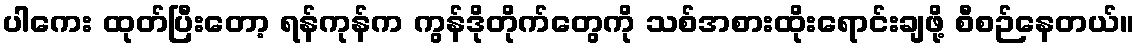
ပါကေး ထုတ်ပြီးတော့ ရန်ကုန်က ကွန်ဒိုတိုက်တွေကို သစ်အစားထိုးရောင်းချဖို့ စီစဉ်နေတယ်။